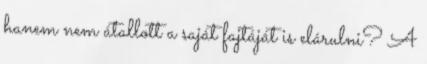
hanem nem átallott a saját fajtáját is elárulni? A